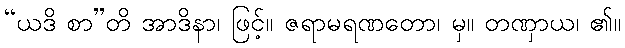
“ယဒိ စာ”တိ အာဒိနာ၊ ဖြင့်။ ဇရာမရဏတော၊ မှ။ တဏှာယ၊ ၏။